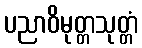
ပညာဝိမုတ္တသုတ္တံ